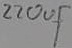
Text: 220oµF